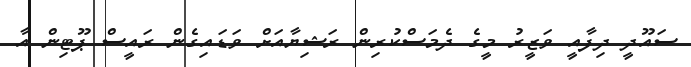
ސައޫދީ ދިފާއީ ވަޒީރު މީގެ ދެމަސްކުރިން ރަޝިޔާއަށް ވަޑައިގެން ރައީސް ޕޫޓިން އާ